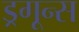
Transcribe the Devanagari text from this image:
ड्रगून्स